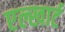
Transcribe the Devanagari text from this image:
एल्खार्ट